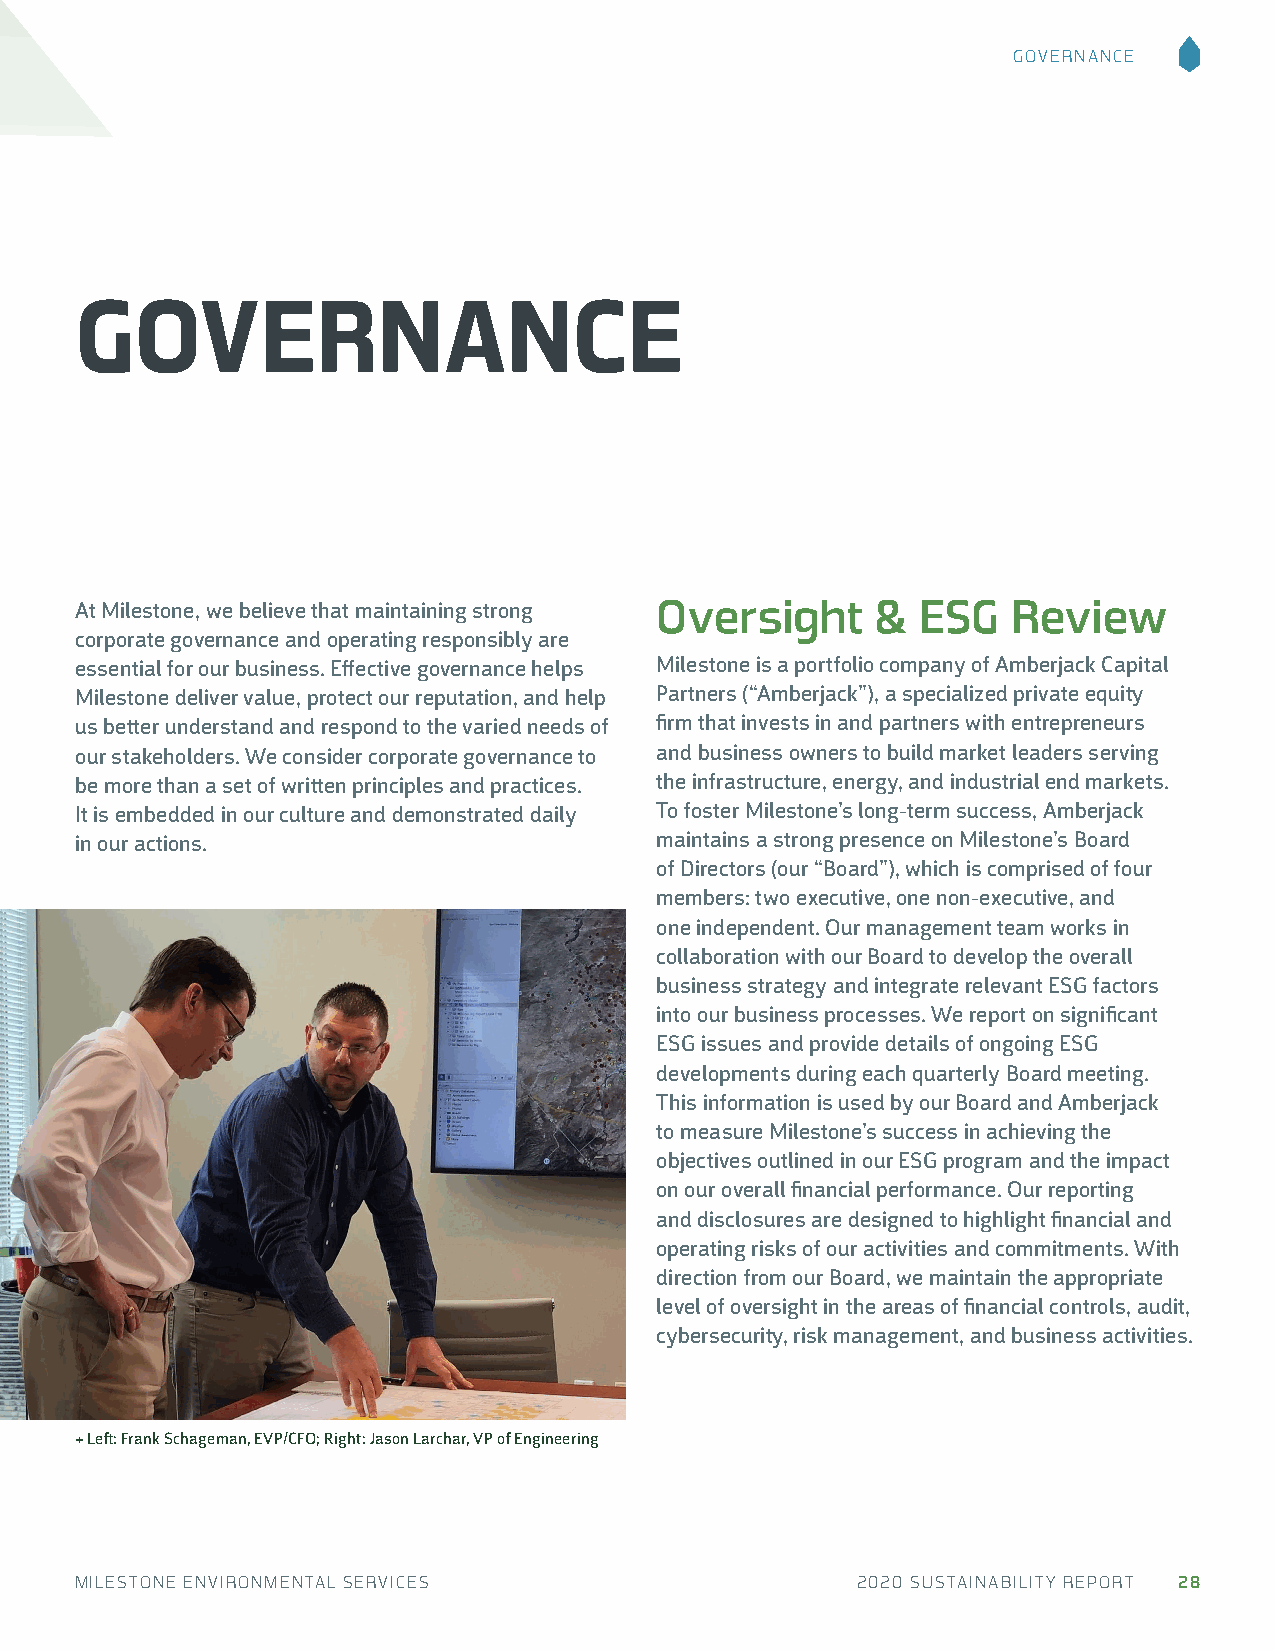
GOVERNANCE
 GOVERNANCE
 At Milestone, we believe that maintaining strong Oversight & ESG Review
 corporate governance and operating responsibly are
 essential for our business. Effective governance helps Milestone is a portfolio company of Amberjack Capital
 Milestone deliver value, protect our reputation, and help Partners (“Amberjack”), a specialized private equity
 us better understand and respond to the varied needs of firm that invests in and partners with entrepreneurs
 our stakeholders. We consider corporate governance to and business owners to build market leaders serving
 be more than a set of written principles and practices. the infrastructure, energy, and industrial end markets.
 It is embedded in our culture and demonstrated daily To foster Milestone’s long-term success, Amberjack
 in our actions.                       maintains a strong presence on Milestone’s Board
 of Directors (our “Board”), which is comprised of four
 members: two executive, one non-executive, and
 one independent. Our management team works in
 collaboration with our Board to develop the overall
 business strategy and integrate relevant ESG factors
 into our business processes. We report on significant
 ESG issues and provide details of ongoing ESG
 developments during each quarterly Board meeting.
 This information is used by our Board and Amberjack
 to measure Milestone’s success in achieving the
 objectives outlined in our ESG program and the impact
 on our overall financial performance. Our reporting
 and disclosures are designed to highlight financial and
 operating risks of our activities and commitments. With
 direction from our Board, we maintain the appropriate
 level of oversight in the areas of financial controls, audit,
 cybersecurity, risk management, and business activities.
 + Left: Frank Schageman, EVP/CFO; Right: Jason Larchar, VP of Engineering
 MILESTONE ENVIRONMENTAL SERVICES                    2020 SUSTAINABILITY REPORT 28